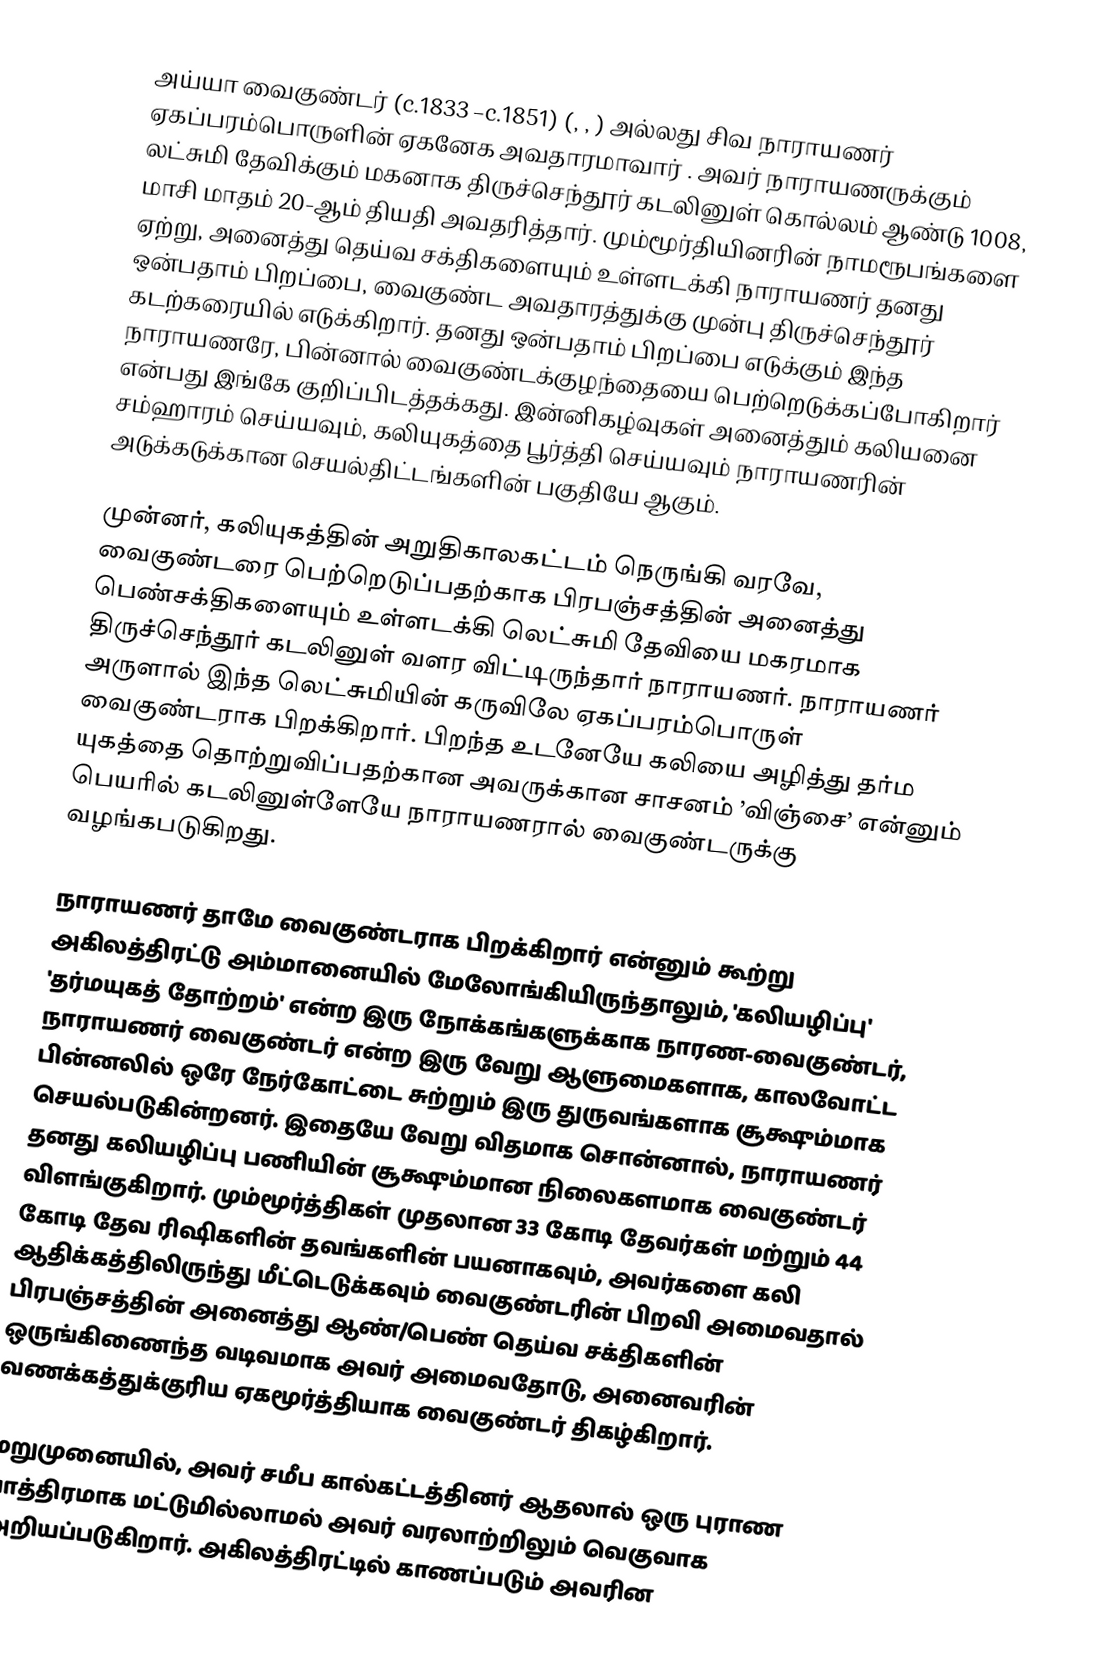
அய்யா வைகுண்டர்  (c.1833 –c.1851) (, , ) அல்லது சிவ நாராயணர் ஏகப்பரம்பொருளின் ஏகனேக அவதாரமாவார் . அவர் நாராயணருக்கும் லட்சுமி தேவிக்கும் மகனாக திருச்செந்தூர் கடலினுள் கொல்லம் ஆண்டு 1008, மாசி மாதம் 20-ஆம் தியதி அவதரித்தார். மும்மூர்தியினரின் நாமரூபங்களை ஏற்று, அனைத்து தெய்வ சக்திகளையும் உள்ளடக்கி நாராயணர் தனது ஒன்பதாம் பிறப்பை, வைகுண்ட அவதாரத்துக்கு முன்பு திருச்செந்தூர் கடற்கரையில் எடுக்கிறார். தனது ஒன்பதாம் பிறப்பை எடுக்கும் இந்த நாராயணரே, பின்னால் வைகுண்டக்குழந்தையை பெற்றெடுக்கப்போகிறார் என்பது இங்கே குறிப்பிடத்தக்கது. இன்னிகழ்வுகள் அனைத்தும் கலியனை சம்ஹாரம் செய்யவும், கலியுகத்தை பூர்த்தி செய்யவும் நாராயணரின் அடுக்கடுக்கான செயல்திட்டங்களின் பகுதியே ஆகும்.

முன்னர், கலியுகத்தின் அறுதிகாலகட்டம் நெருங்கி வரவே, வைகுண்டரை பெற்றெடுப்பதற்காக பிரபஞ்சத்தின் அனைத்து பெண்சக்திகளையும் உள்ளடக்கி லெட்சுமி தேவியை மகரமாக திருச்செந்தூர் கடலினுள் வளர விட்டிருந்தார் நாராயணர். நாராயணர் அருளால் இந்த லெட்சுமியின் கருவிலே ஏகப்பரம்பொருள் வைகுண்டராக பிறக்கிறார். பிறந்த உடனேயே கலியை அழித்து தர்ம யுகத்தை தொற்றுவிப்பதற்கான அவருக்கான சாசனம் ’விஞ்சை’ என்னும் பெயரில் கடலினுள்ளேயே நாராயணரால் வைகுண்டருக்கு வழங்கபடுகிறது.

நாராயணர் தாமே வைகுண்டராக பிறக்கிறார் என்னும் கூற்று அகிலத்திரட்டு அம்மானையில் மேலோங்கியிருந்தாலும், 'கலியழிப்பு' 'தர்மயுகத் தோற்றம்' என்ற இரு நோக்கங்களுக்காக நாரண-வைகுண்டர், நாராயணர் வைகுண்டர் என்ற இரு வேறு ஆளுமைகளாக, காலவோட்ட பின்னலில்  ஒரே நேர்கோட்டை சுற்றும் இரு துருவங்களாக சூக்ஷும்மாக செயல்படுகின்றனர். இதையே வேறு விதமாக சொன்னால், நாராயணர் தனது கலியழிப்பு பணியின் சூக்ஷும்மான நிலைகளமாக வைகுண்டர் விளங்குகிறார். மும்மூர்த்திகள் முதலான 33 கோடி தேவர்கள் மற்றும் 44 கோடி தேவ ரிஷிகளின் தவங்களின் பயனாகவும், அவர்களை கலி ஆதிக்கத்திலிருந்து  மீட்டெடுக்கவும் வைகுண்டரின் பிறவி அமைவதால் பிரபஞ்சத்தின் அனைத்து ஆண்/பெண் தெய்வ சக்திகளின் ஒருங்கிணைந்த வடிவமாக அவர் அமைவதோடு, அனைவரின் வணக்கத்துக்குரிய ஏகமூர்த்தியாக வைகுண்டர் திகழ்கிறார்.

மறுமுனையில், அவர் சமீப கால்கட்டத்தினர் ஆதலால் ஒரு புராண பாத்திரமாக மட்டுமில்லாமல் அவர் வரலாற்றிலும் வெகுவாக அறியப்படுகிறார். அகிலத்திரட்டில் காணப்படும் அவரின